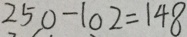
2 5 0 - 1 0 2 = 1 4 8